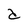
Character: d